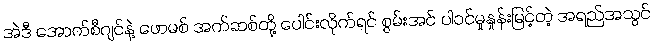
အဲဒီ အောက်စီဂျင်နဲ့ ဖောမစ် အက်ဆစ်တို့ ပေါင်းလိုက်ရင် စွမ်းအင် ပါဝင်မှုနှုန်းမြင့်တဲ့ အရည်အသွင်